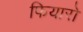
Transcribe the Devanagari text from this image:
फियारो